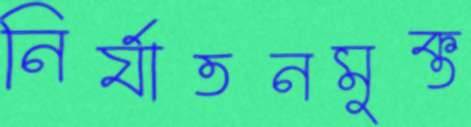
নির্যাতনমুক্ত